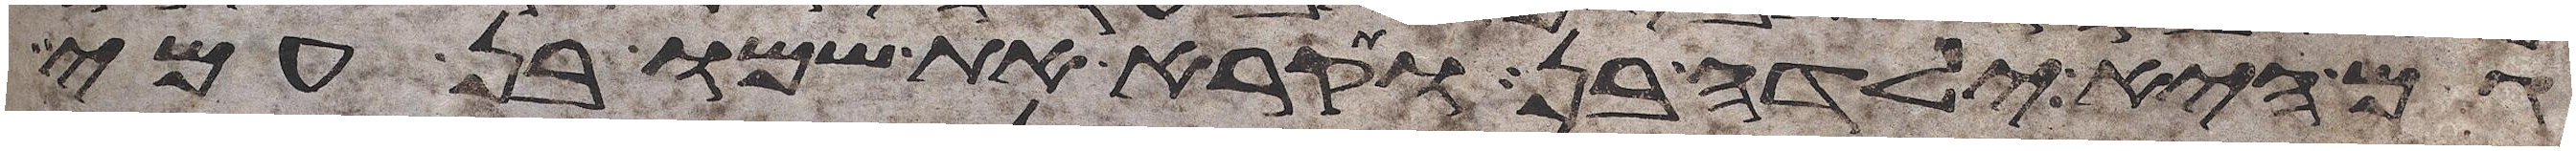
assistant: גם היא ילדה בן ותקרא את שמו בן עמי